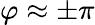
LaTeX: \varphi\approx\pm\pi